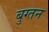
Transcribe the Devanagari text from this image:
बुग्तन